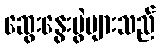
ဆွေးနွေးပွဲများသည်